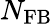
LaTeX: N_{\mathrm{FB}}